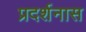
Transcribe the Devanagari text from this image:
प्रदर्शनास